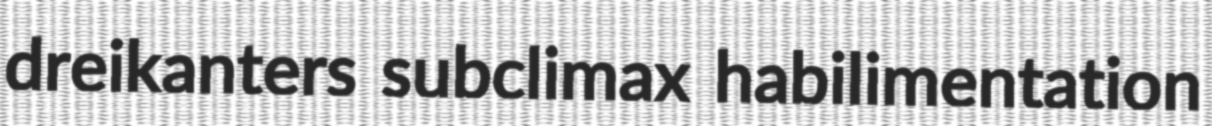
dreikanters subclimax habilimentation